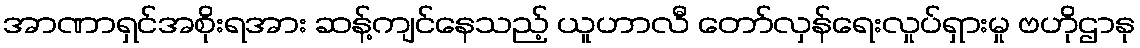
အာဏာရှင်အစိုးရအား ဆန့်ကျင်နေသည့် ယူဟာလီ တော်လှန်ရေးလှုပ်ရှားမှု ဗဟိုဌာနု